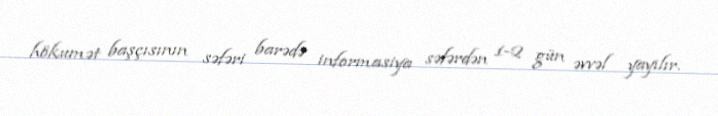
hökumət başçısının səfəri barədə informasiya səfərdən 1-2 gün əvvəl yayılır.